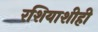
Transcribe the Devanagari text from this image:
रशियाशीही